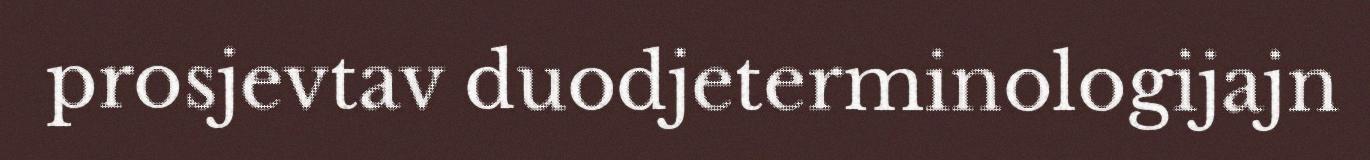
prosjevtav duodjeterminologijajn